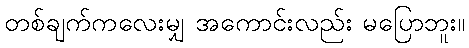
တစ်ချက်ကလေးမျှ အကောင်းလည်း မပြောဘူး။